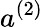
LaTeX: a^{(2)}